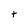
Character: t